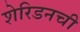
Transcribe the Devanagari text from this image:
शेरिडनची